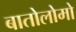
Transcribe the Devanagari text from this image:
बातोलोमो